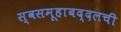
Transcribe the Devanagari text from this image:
स्वसमूहाबद्दलची